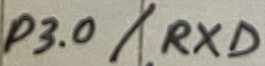
Text: P3.0/RXD